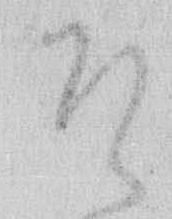
そ